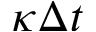
\kappa \Delta t